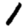
Digit: 1